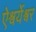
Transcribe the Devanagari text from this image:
ऐश्वर्येश्वर